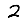
Digit: 2